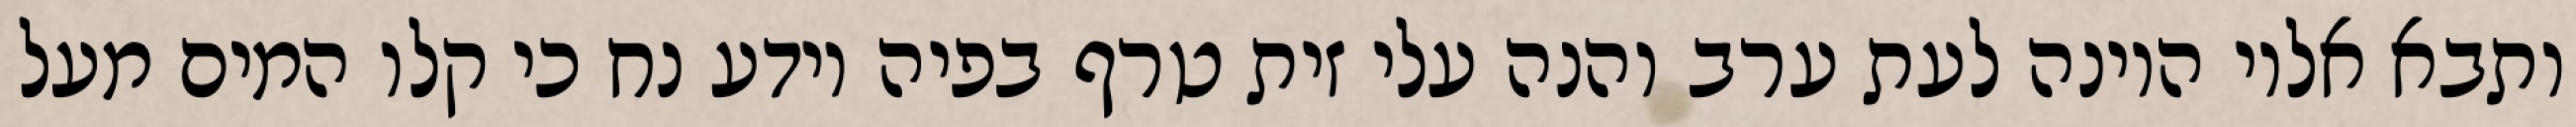
ותבא אליו היונה לעת ערב והנה עלי זית טרף בפיה וידע נח כי קלו המים מעל